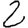
Digit: 2